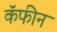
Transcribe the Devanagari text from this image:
कॅफीन